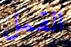
القمل